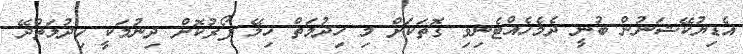
އެޑިޔުކޭޝަނުން ބުނީ ދެމެހެއްޓެނިވި ގޮތަކަށް މި ހިދުމަތް ހިލޭ ފޯރުކޮށް ދިނުމަކީ ހިދުމަތްދޭ